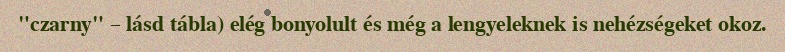
"czarny" – lásd tábla) elég bonyolult és még a lengyeleknek is nehézségeket okoz.